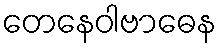
တေနေဝါဗာဓေန